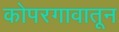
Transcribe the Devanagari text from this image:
कोपरगावातून